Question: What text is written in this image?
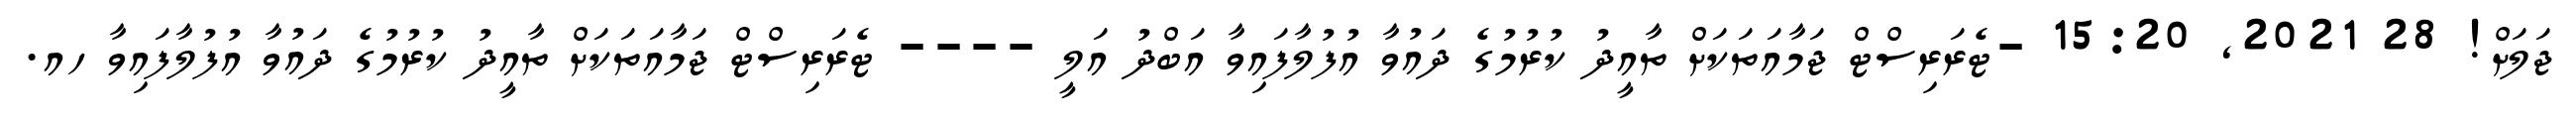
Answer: ޖަލަށް! 28 2021, 15:20 -ޓެރަރިސްޓް ޖަމާއަތަކަށް ތާއީދު ކުރުމުގެ ދައުވާ އުފުލާފައިވާ އަބްދު އަލީ ---- ޓެރަރިސްޓް ޖަމާއަތަކަށް ތާއީދު ކުރުމުގެ ދައުވާ އުފުލާފައިވާ ހއ.